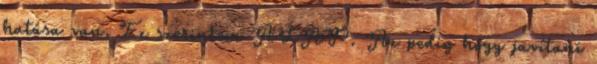
hatása van. Ez szerintem ALAP. Az pedig hogy javítani